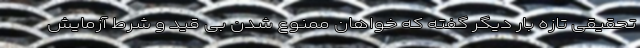
تحقیقی تازه بار دیگر گفته که خواهان ممنوع شدن بی قید و شرط آزمایش